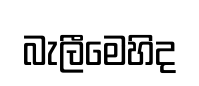
බැලීමෙහිද